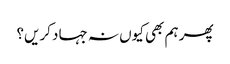
پھر ہم بھی کیوں نہ جہاد کریں؟